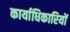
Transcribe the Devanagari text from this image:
कार्याधिकारियों